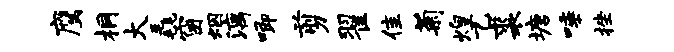
鹰桐大毳窗烟漓唧剪翟隹菊煌乙裘塘唾挫